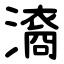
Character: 㵝